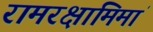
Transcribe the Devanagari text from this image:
रामरक्षामिमां